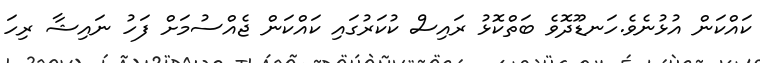
ކައްކަން އުޅުނެވެ.ހަނޑޫދޮވެ ބަތްކޮޅު ރައިސް ކުކަރުގައި ކައްކަން ޖެއްސުމަށް ފަހު ނައިޝާ ރިހަ